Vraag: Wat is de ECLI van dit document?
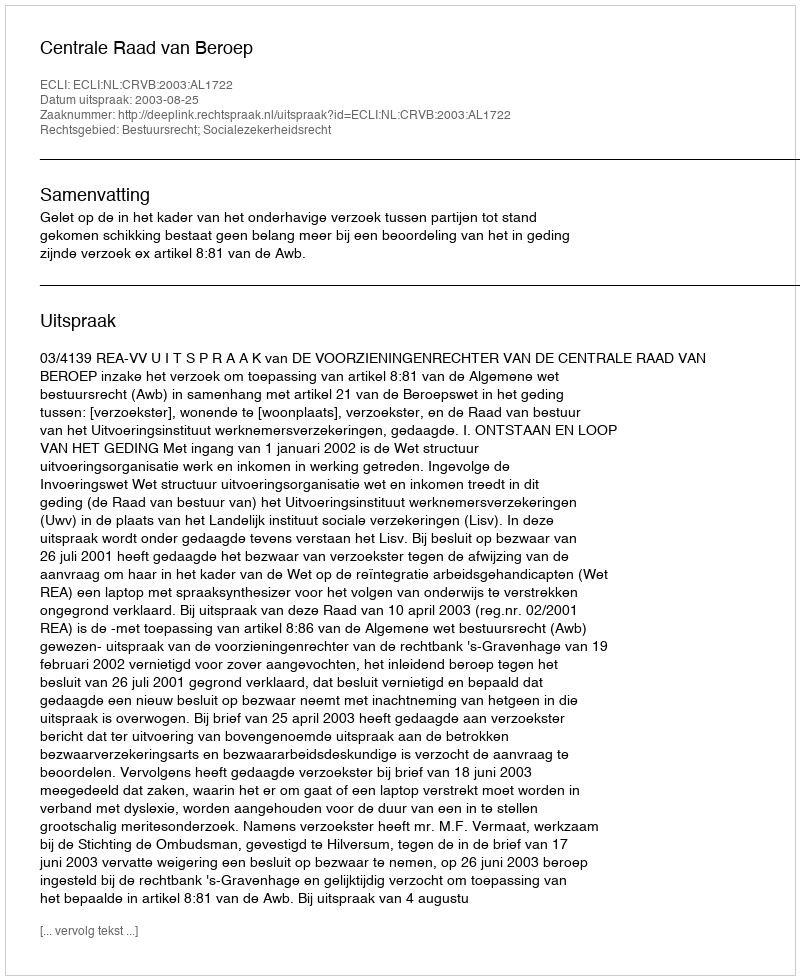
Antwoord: ECLI:NL:CRVB:2003:AL1722